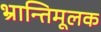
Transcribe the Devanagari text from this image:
भ्रान्तिमूलक